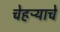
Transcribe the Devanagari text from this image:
चेहऱ्याचे